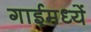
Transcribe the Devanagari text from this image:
गाईमध्यें